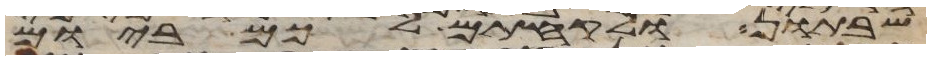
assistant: שבתון ולקחתם לכם ביום